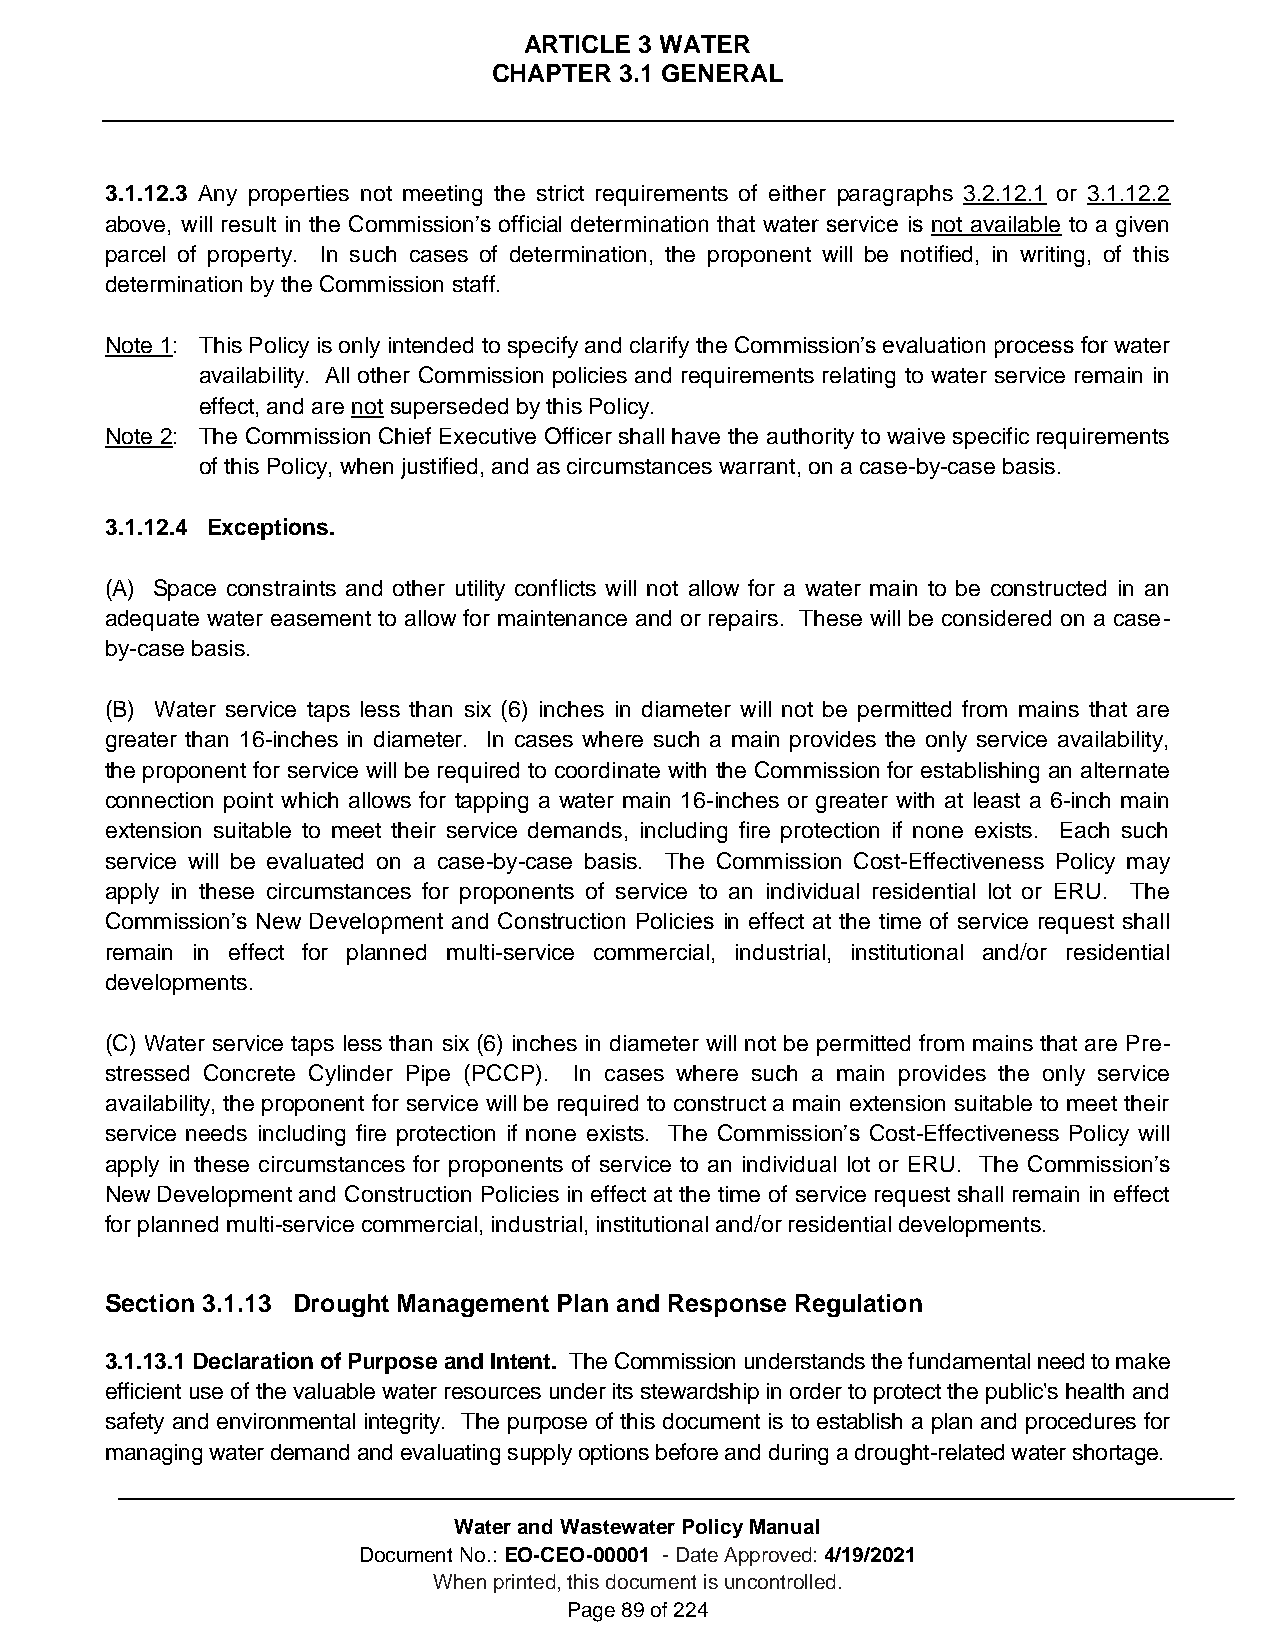
ARTICLE 3 WATER
 CHAPTER 3.1 GENERAL
 3.1.12.3 Any properties not meeting the strict requirements of either paragraphs 3.2.12.1 or 3.1.12.2
 above, will result in the Commission’s official determination that water service is not available to a given
 parcel of property. In such cases of determination, the proponent will be notified, in writing, of this
 determination by the Commission staff.
 Note 1: This Policy is only intended to specify and clarify the Commission’s evaluation process for water
 availability. All other Commission policies and requirements relating to water service remain in
 effect, and are not superseded by this Policy.
 Note 2: The Commission Chief Executive Officer shall have the authority to waive specific requirements
 of this Policy, when justified, and as circumstances warrant, on a case-by-case basis.
 3.1.12.4 Exceptions.
 (A) Space constraints and other utility conflicts will not allow for a water main to be constructed in an
 adequate water easement to allow for maintenance and or repairs. These will be considered on a case-
 by-case basis.
 (B) Water service taps less than six (6) inches in diameter will not be permitted from mains that are
 greater than 16-inches in diameter. In cases where such a main provides the only service availability,
 the proponent for service will be required to coordinate with the Commission for establishing an alternate
 connection point which allows for tapping a water main 16-inches or greater with at least a 6-inch main
 extension suitable to meet their service demands, including fire protection if none exists. Each such
 service will be evaluated on a case-by-case basis. The Commission Cost-Effectiveness Policy may
 apply in these circumstances for proponents of service to an individual residential lot or ERU. The
 Commission’s New Development and Construction Policies in effect at the time of service request shall
 remain in effect for planned multi-service commercial, industrial, institutional and/or residential
 developments.
 (C) Water service taps less than six (6) inches in diameter will not be permitted from mains that are Pre-
 stressed Concrete Cylinder Pipe (PCCP). In cases where such a main provides the only service
 availability, the proponent for service will be required to construct a main extension suitable to meet their
 service needs including fire protection if none exists. The Commission’s Cost-Effectiveness Policy will
 apply in these circumstances for proponents of service to an individual lot or ERU. The Commission’s
 New Development and Construction Policies in effect at the time of service request shall remain in effect
 for planned multi-service commercial, industrial, institutional and/or residential developments.
 Section 3.1.13 Drought Management Plan and Response Regulation
 3.1.13.1 Declaration of Purpose and Intent. The Commission understands the fundamental need to make
 efficient use of the valuable water resources under its stewardship in order to protect the public's health and
 safety and environmental integrity. The purpose of this document is to establish a plan and procedures for
 managing water demand and evaluating supply options before and during a drought-related water shortage.
 Water and Wastewater Policy Manual
 Document No.: EO-CEO-00001 - Date Approved: 4/19/2021
 When printed, this document is uncontrolled.
 Page 89 of 224